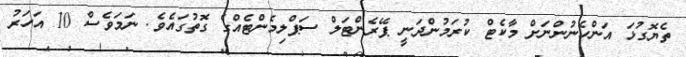
ތެޔޮގުޅަ އަންހެނުންނަށް މާކެޓް ކުރަމުންދަނީ ޕޭރެންޓަލް ސަޕްލިމެންޓެއްގެ ގޮތުގައެވެ. ނަމަވެސް 10 އަހަރު